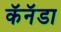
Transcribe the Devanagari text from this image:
कॅनॅडा